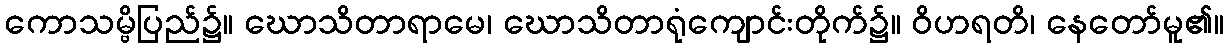
ကောသမ္ဗိပြည်၌။ ဃောသိတာရာမေ၊ ဃောသိတာရုံကျောင်းတိုက်၌။ ဝိဟရတိ၊ နေတော်မူ၏။